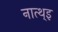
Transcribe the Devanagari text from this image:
नात्थ्इ